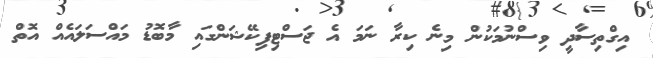
އިގްތިސާދީ ވިސްނުމަކުން މިނެ ކިރާ ނަމަ އެ ޖަސްޓިފިކޭޝަންގައި މާބޮޑު މައްސަލައެއް އޮތް